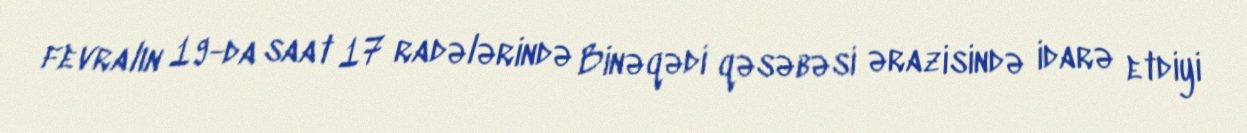
fevralın 19-da saat 17 radələrində Binəqədi qəsəbəsi ərazisində idarə etdiyi